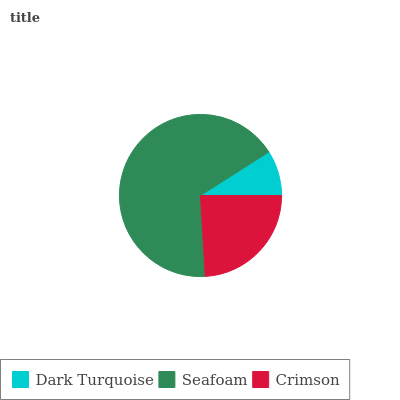
| Dark Turquoise | Seafoam | Crimson |
 | --- | --- | --- |
 | 9.03% | 66.9% | 24.1% |